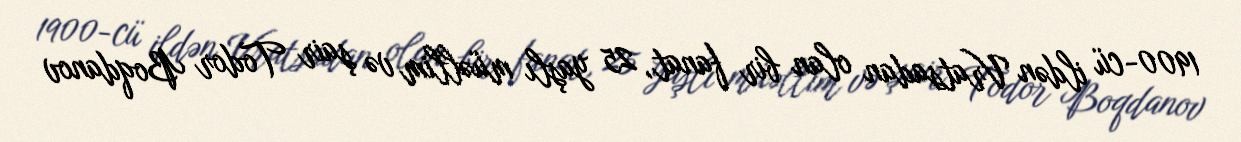
1900-cü ildən Vratsadan olan bir fanat, 25 yaşlı müəllim və şair Todor Boqdanov